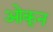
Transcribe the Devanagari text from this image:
ओकून